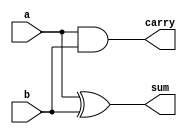
module HalfAdderdf(a,b,sum, carry);
 input a,b;
 output sum, carry;
 assign sum = a^b;
 assign carry = a&b;
endmodule
module FullAdder2haor(a, b, carryin, sum, carryout);
 input a,b, carryin;
 output sum, carryout;
 wire m, n, o;
 HalfAdderdf m1 (.a(a),.b(b),.sum(m),.carry(n));
 HalfAdderdf m2 (.a(carryin),.b(m),.sum(sum),.carry(o));
 assign y = n | o;
endmodule